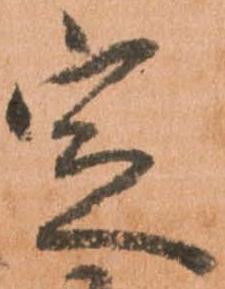
定